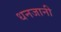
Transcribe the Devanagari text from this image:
धनजानी